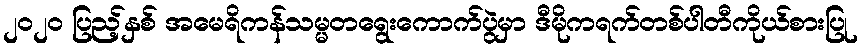
၂၀၂၀ ပြည့်နှစ် အမေရိကန်သမ္မတရွေးကောက်ပွဲမှာ ဒီမိုကရက်တစ်ပါတီကိုယ်စားပြု